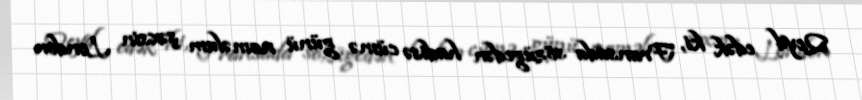
Qeyd edək ki, Fransada sözügedən hadisə cümə günü naməlum şəxsin London